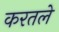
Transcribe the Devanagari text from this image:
करतले